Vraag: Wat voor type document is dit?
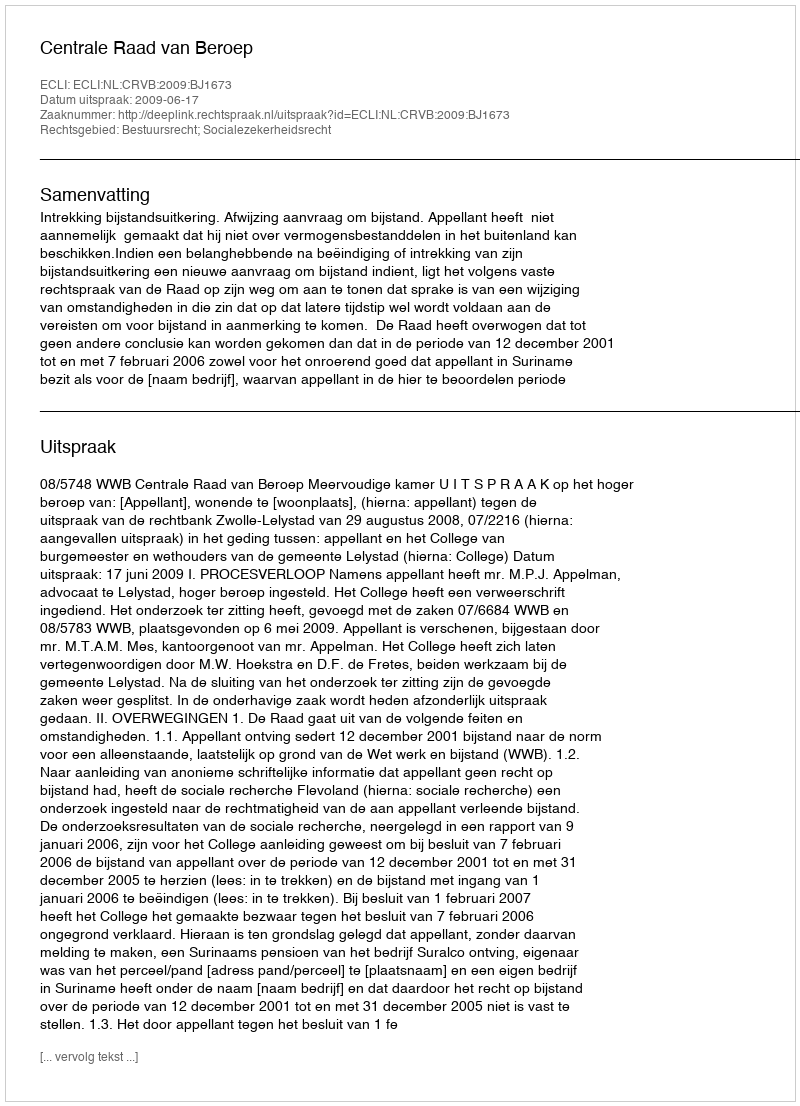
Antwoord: Uitspraak